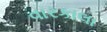
વારકાલા